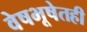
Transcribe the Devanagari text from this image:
वेषभूषेतही